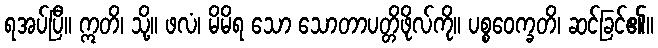
ရအပ်ပြီ။ ဣတိ၊ သို့။ ဖလံ၊ မိမိရ သော သောတာပတ္တိဖိုလ်ကို။ ပစ္စဝေက္ခတိ၊ ဆင်ခြင်၏။